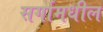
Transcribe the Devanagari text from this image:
सर्गामधील